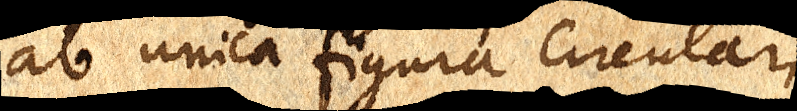
ab unica figura circulari